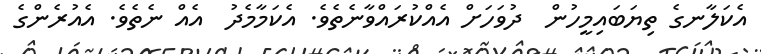
އެކަލާނގެ ތިޔަބައިމީހުން  ދުވަހަށް އެއްކުރައްވާނެތެވެ. އެކަމާމެދު  އެއް ނެތެވެ. އެއުރެންގެ